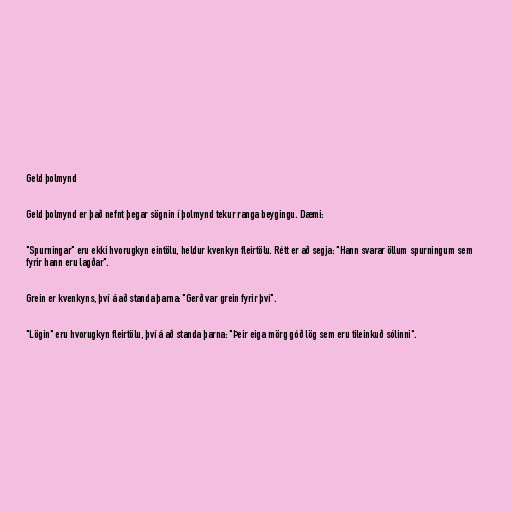
Geld þolmynd

Geld þolmynd er það nefnt þegar sögnin í þolmynd tekur ranga beygingu. Dæmi:

"Spurningar" eru ekki hvorugkyn eintölu, heldur kvenkyn fleirtölu. Rétt er að segja: "Hann svarar öllum spurningum sem
fyrir hann eru lagðar".

Grein er kvenkyns, því á að standa þarna: "Gerð var grein fyrir því".

"Lögin" eru hvorugkyn fleirtölu, því á að standa þarna: "Þeir eiga mörg góð lög sem eru tileinkuð sólinni".